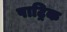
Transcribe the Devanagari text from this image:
पाट्रिक